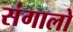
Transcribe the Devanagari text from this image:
संगालो